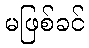
မဖြစ်ခင်